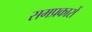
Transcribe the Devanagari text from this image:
समप्रकारों